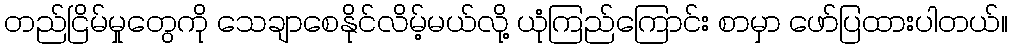
တည်ငြိမ်မှုတွေကို သေချာစေနိုင်လိမ့်မယ်လို့ ယုံကြည်ကြောင်း စာမှာ ဖော်ပြထားပါတယ်။